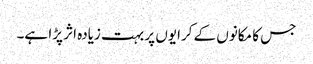
جس کا مکانوں کے کرایوں پر بہت زیادہ اثر پڑا ہے۔